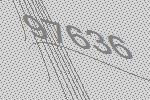
97636